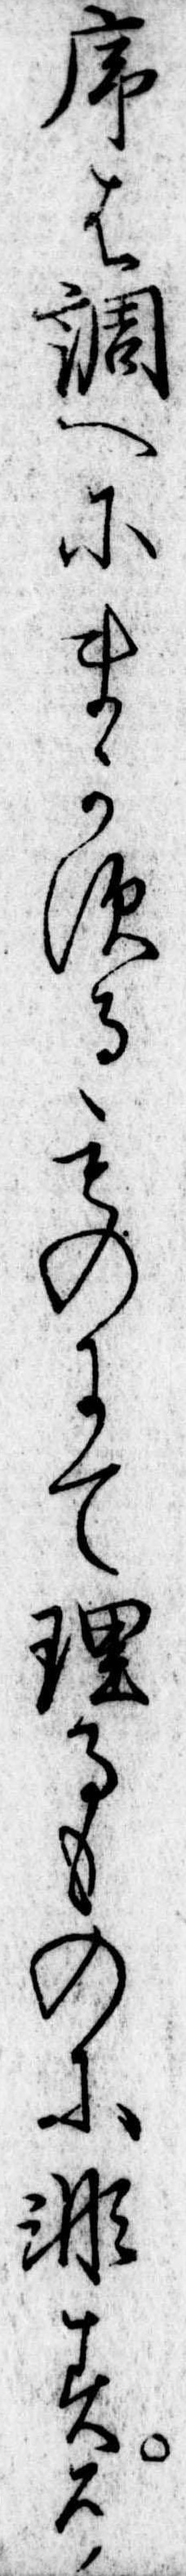
序は調へにまかするものにて理るものに非すそ